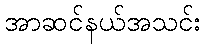
အာဆင်နယ်အသင်း